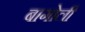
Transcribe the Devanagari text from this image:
बागोली